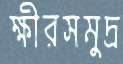
ক্ষীরসমুদ্র